Regulations for the medical services of the Army of India
Year: 1930
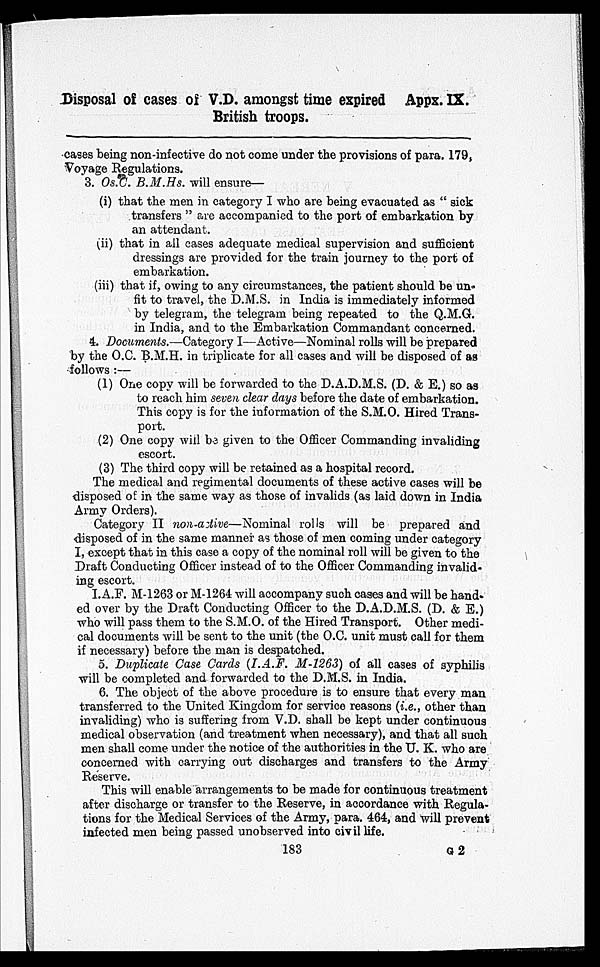
Disposal of cases of V.D. amongst time expired Appx. IX.
British troops.
cases being non-infective do not come under the provisions of para. 179,
Voyage Regulations.
3. Os.C. B.M.Hs. will ensure
—
(i)that the men in category I who are being evacuated as “ sick
transfers ” are accompanied to the port of embarkation by
an attendant.
(ii)that in all cases adequate medical supervision and sufficient
dressings are provided for the train journey to the port of
embarkation.
(iii)that if, owing to any circumstances, the patient should be un-
fit to travel, the D.M.S. in India is immediately informed
by telegram, the telegram being repeated to the Q.M.G.
in India, and to the Embarkation Commandant concerned.
4. Documents.—Category I—Active—Nominal rolls will be prepared
b y t h e O . C . B . M. H . i n t r i p l i c a t e f o r a l l c a s e s a n d w i l l b e d i s p o s e d o f a s
follows :—
(1)One copy will be forwarded to the D.A.D.M.S. (D. & E.) so as
to reach him seven clear days before the date of embarkation.
This copy is for the information of the S.M.O. Hired Trans-
port.
(2)One copy will be given to the Officer Commanding invaliding
escort.
(3)The third copy will be retained as a hospital record.
The medical and regimental documents of these active cases will be
disposed of in the same way as those of invalids (as laid down in India
Army Orders).
Category II non-active—Nominal rolls will be prepared and
disposed of in the same manner as those of men coming under category
I, except that in this case a copy of the nominal roll will be given to the
Draft Conducting Officer instead of to the Officer Commanding invalid-
ing escort.
I.A.F. M-1263 or M-1264 will accompany such cases and will be hand-
ed over by the Draft Conducting Officer to the D.A.D.M.S. (D. & E.)
who will pass them to the S.M.O. of the Hired Transport. Other medi-
cal documents will be sent to the unit (the O.C. unit must call for them
if necessary) before the man is despatched.
5. Duplicate Case Cards (I.A.F. M-1263) of all cases of syphilis
will be completed and forwarded to the D.M.S. in India.
6. The object of the above procedure is to ensure that every man
transferred to the United Kingdom for service reasons ( i.e., other than
invaliding) who is suffering from V.D. shall be kept under continuous
medical observation (and treatment when necessary), and that all such
men shall come under the notice of the authorities in the U. K. who are
concerned with carrying out discharges and transfers to the Army
Reserve.
This will enable arrangements to be made for continuous treatment
after discharge or transfer to the Reserve, in accordance with Regula-
tions for the Medical Services of the Army, para. 464, and will prevent
infected men being passed unobserved into civil
183
G 2